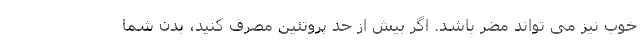
خوب نیز می تواند مضر باشد. اگر بیش از حد پروتئین مصرف کنید، بدن شما